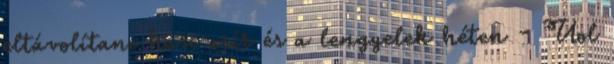
eltávolítani hasi zsír és a lengyelek héten - Uol